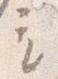
立